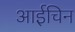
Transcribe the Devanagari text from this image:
आईचिन